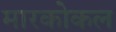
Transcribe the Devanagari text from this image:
मारकोकल